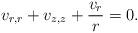
LaTeX: \begin{align*}v_{r,r}+v_{z,z}+{v_r\over r}=0.\end{align*}